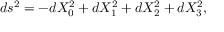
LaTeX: d s ^ { 2 } = - d X _ { 0 } ^ { 2 } + d X _ { 1 } ^ { 2 } + d X _ { 2 } ^ { 2 } + d X _ { 3 } ^ { 2 } ,